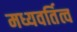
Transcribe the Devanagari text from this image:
मध्यवर्तित्व